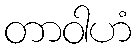
တာဝါဟံ